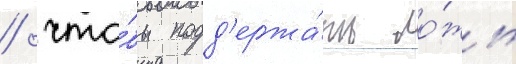
/ что́бы подд'ержа́ть ло́жь